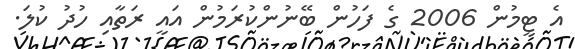
އެ ޓީމުން 2006 ގެ ފަހުން ބޭނުންކުރަމުން އައީ ރަތާއި ހުދު ކުލަ.